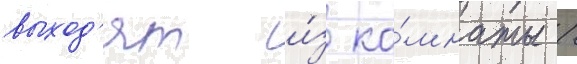
выход'ят и́з ко́мнаты /